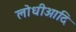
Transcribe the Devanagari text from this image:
लोधीआदि